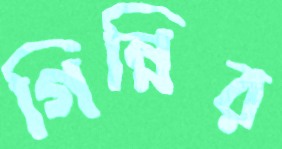
গিন্নির